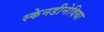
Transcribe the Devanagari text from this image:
स्केनडीनेविया